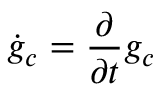
\dot { g } _ { c } = \frac { \partial } { \partial t } g _ { c }